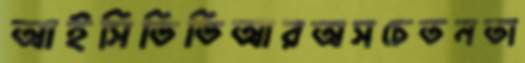
আইসিডিডিআরঅসচেতনতা